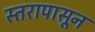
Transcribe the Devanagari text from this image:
स्तरापासून